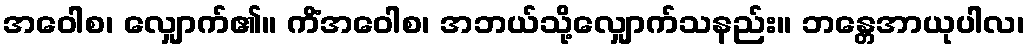
အဝေါစ၊ လျှောက်၏။ ကိံအဝေါစ၊ အဘယ်သို့လျှောက်သနည်း။ ဘန္တေအာယုပါလ၊